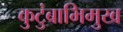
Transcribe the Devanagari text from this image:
कुटुंबाभिमुख